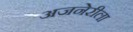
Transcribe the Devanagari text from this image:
अजनेरीला